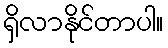
ရှိလာနိုင်တာပါ။